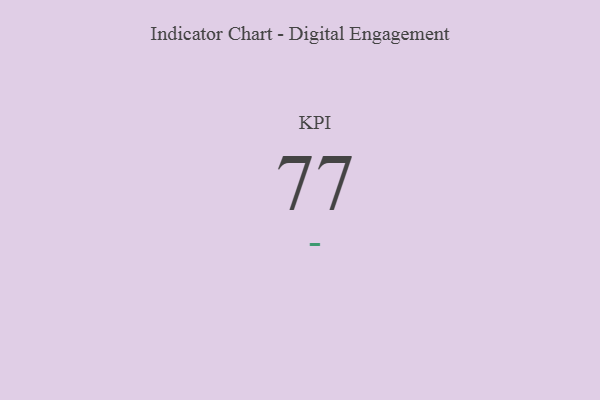
{"axis": {"x": "KPI", "y": "Value"}, "legend": [""], "data": [{"x": "KPI", "y": 77, "type": ""}]}